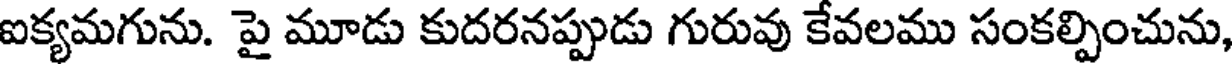
ఐక్యమగును. పై మూడు కుదరనప్పుడు గురువు కేవలము సంకల్పించును,